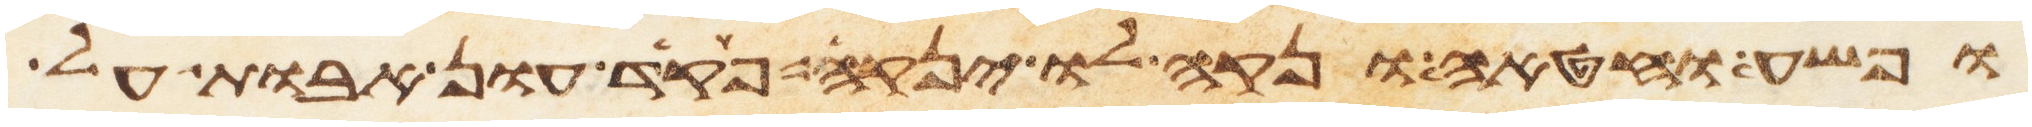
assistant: ופשע וחטאה ונקה לו ינקה פקד עון אבות על